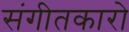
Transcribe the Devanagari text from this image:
संगीतकारो